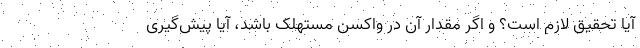
آیا تحقیق لازم است؟ و اگر مقدار آن در واکسن مستهلک باشد، آیا پیش‌گیری